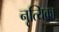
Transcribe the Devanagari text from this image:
नृत्यिका